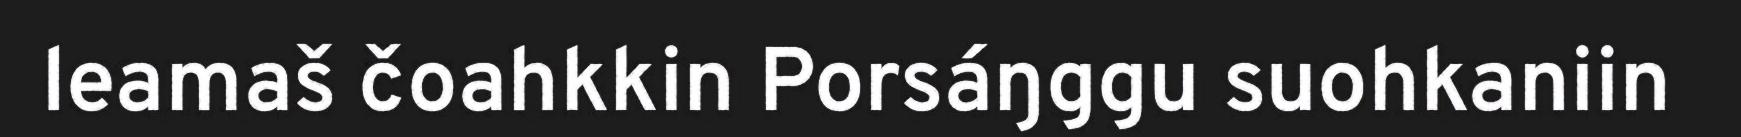
leamaš čoahkkin Porsáŋggu suohkaniin